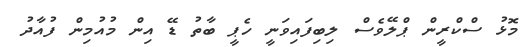
މޮޅު ސްކްރީން ޕްލޭވެސް ލިބިފައިވަނީ ހެޕީ ބާތު ޑޭ އިން މުއުމިން ފުއާދު